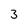
Character: 3